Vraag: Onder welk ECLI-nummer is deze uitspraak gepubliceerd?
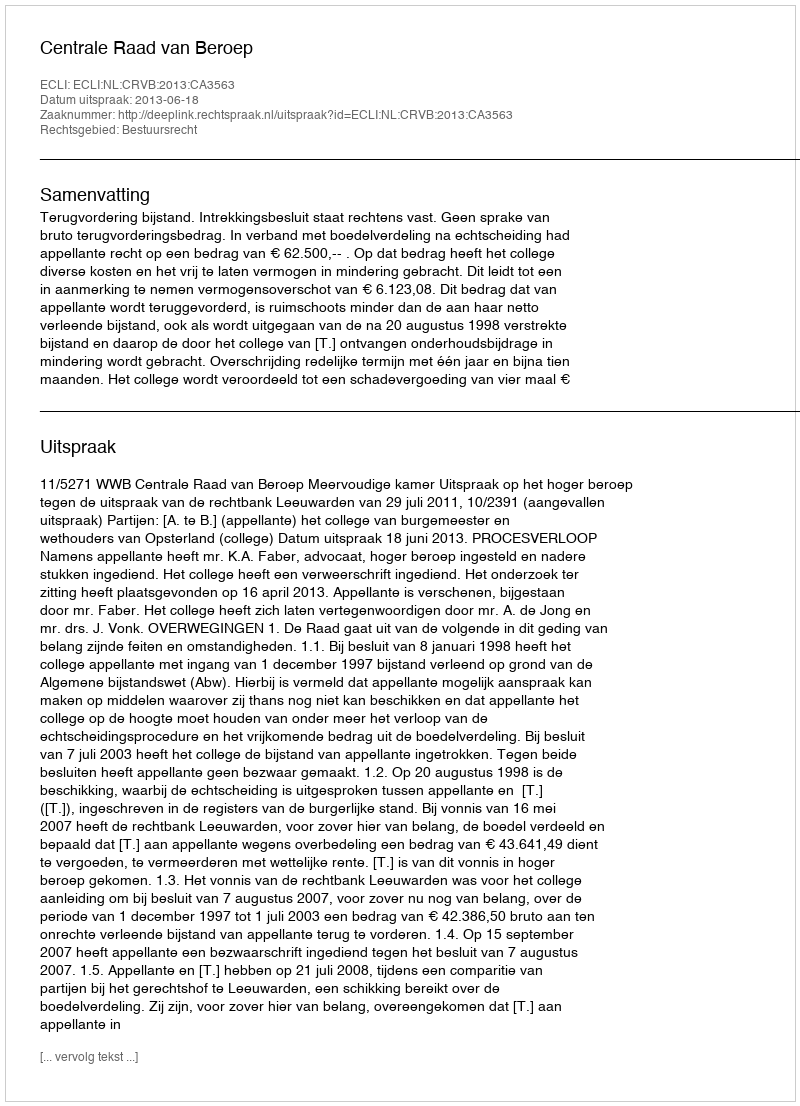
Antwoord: ECLI:NL:CRVB:2013:CA3563